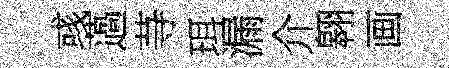
彧薖䒭珥漏介翱画